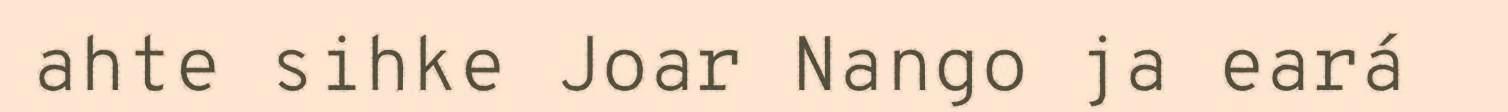
ahte sihke Joar Nango ja eará